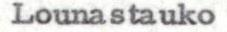
Lounastauko